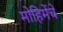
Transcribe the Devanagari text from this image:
मोहिमेंचे